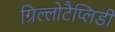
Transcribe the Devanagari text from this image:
ग्रिल्लोटैप्लिडी